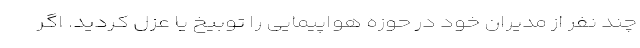
چند نفر از مدیران خود در حوزه هواپیمایی را توبیخ یا عزل کردید. اگر